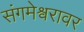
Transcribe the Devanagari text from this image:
संगमेश्वरावर